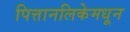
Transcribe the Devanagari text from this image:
पित्तानलिकेमधून